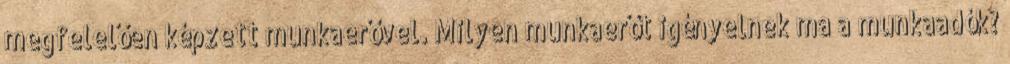
megfelelően képzett munkaerővel. Milyen munkaerőt igényelnek ma a munkaadók?